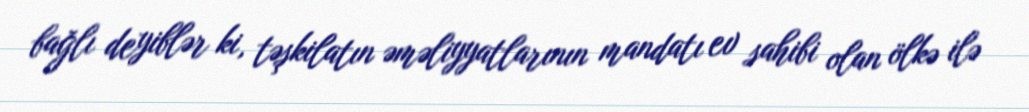
bağlı deyiblər ki, təşkilatın əməliyyatlarının mandatı ev sahibi olan ölkə ilə